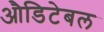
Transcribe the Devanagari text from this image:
औडिटेबल